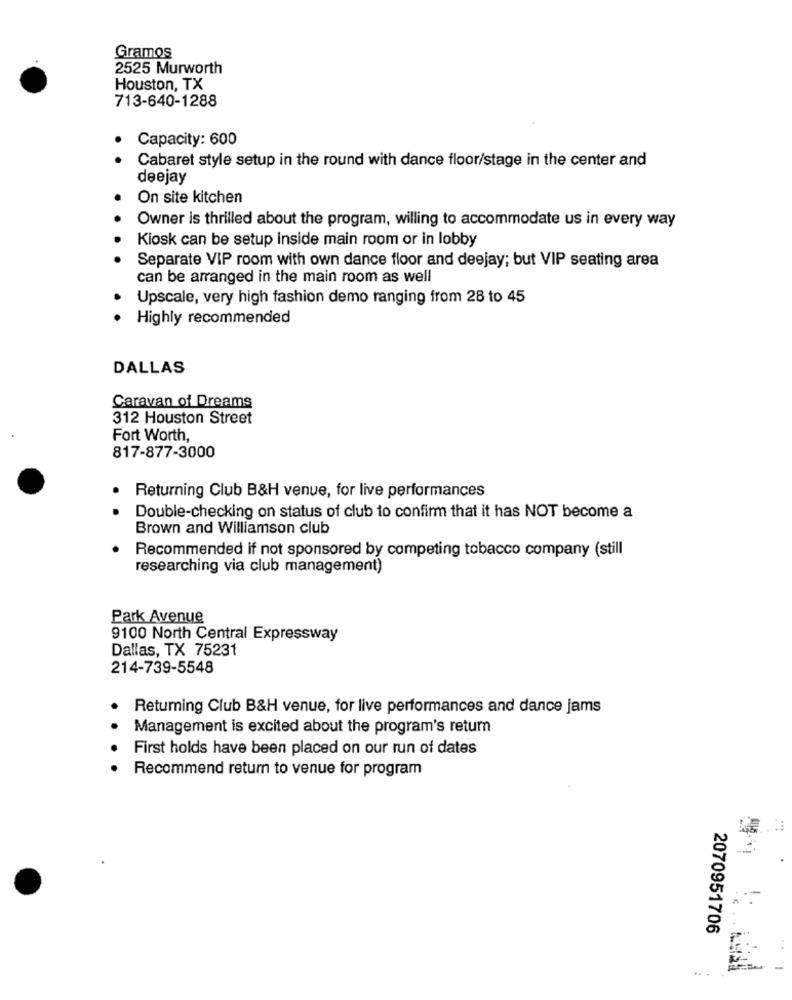
Gramos
2525 Murworth
Houston, TX
713-640-1288
Capacity: 600
Cabaret style setup in the round with dance floor/stage in the center and
deejay
On site kitchen
Owner is thrilled about the program, willing to accommodate us in every way
Kiosk can be setup inside main room or in lobby
Separate VIP room with own dance floor and deejay; but VIP seating area
can be arranged in the main room as well
Upscale, very high fashion demo ranging from 28 to 45
Highly recommended
DALLAS
Caravan of Dreams
312 Houston Street
Fort Worth,
817-877-3000
Returning Club B&H venue, for live performances
Double-checking on status of club to confirm that it has NOT become a
Brown and Williamson club
Recommended if not sponsored by competing tobacco company (still
researching via club management)
Park Avenue
9100 North Central Expressway
Dallas, TX 75231
214-739-5548
Returning Club B&H venue, for live performances and dance jams
Management is excited about the program's return
First holds have been placed on our run of dates
Recommend return to venue for program
2070951706